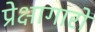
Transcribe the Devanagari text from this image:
प्रेक्षागारों